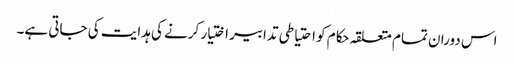
اس دوران تمام متعلقہ حکام کو احتیاطی تدابیر اختیار کرنے کی ہدایت کی جاتی ہے۔